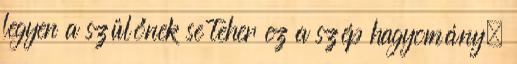
legyen a szülőnek se teher ez a szép hagyomány.